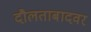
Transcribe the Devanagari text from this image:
दौलताबादवर